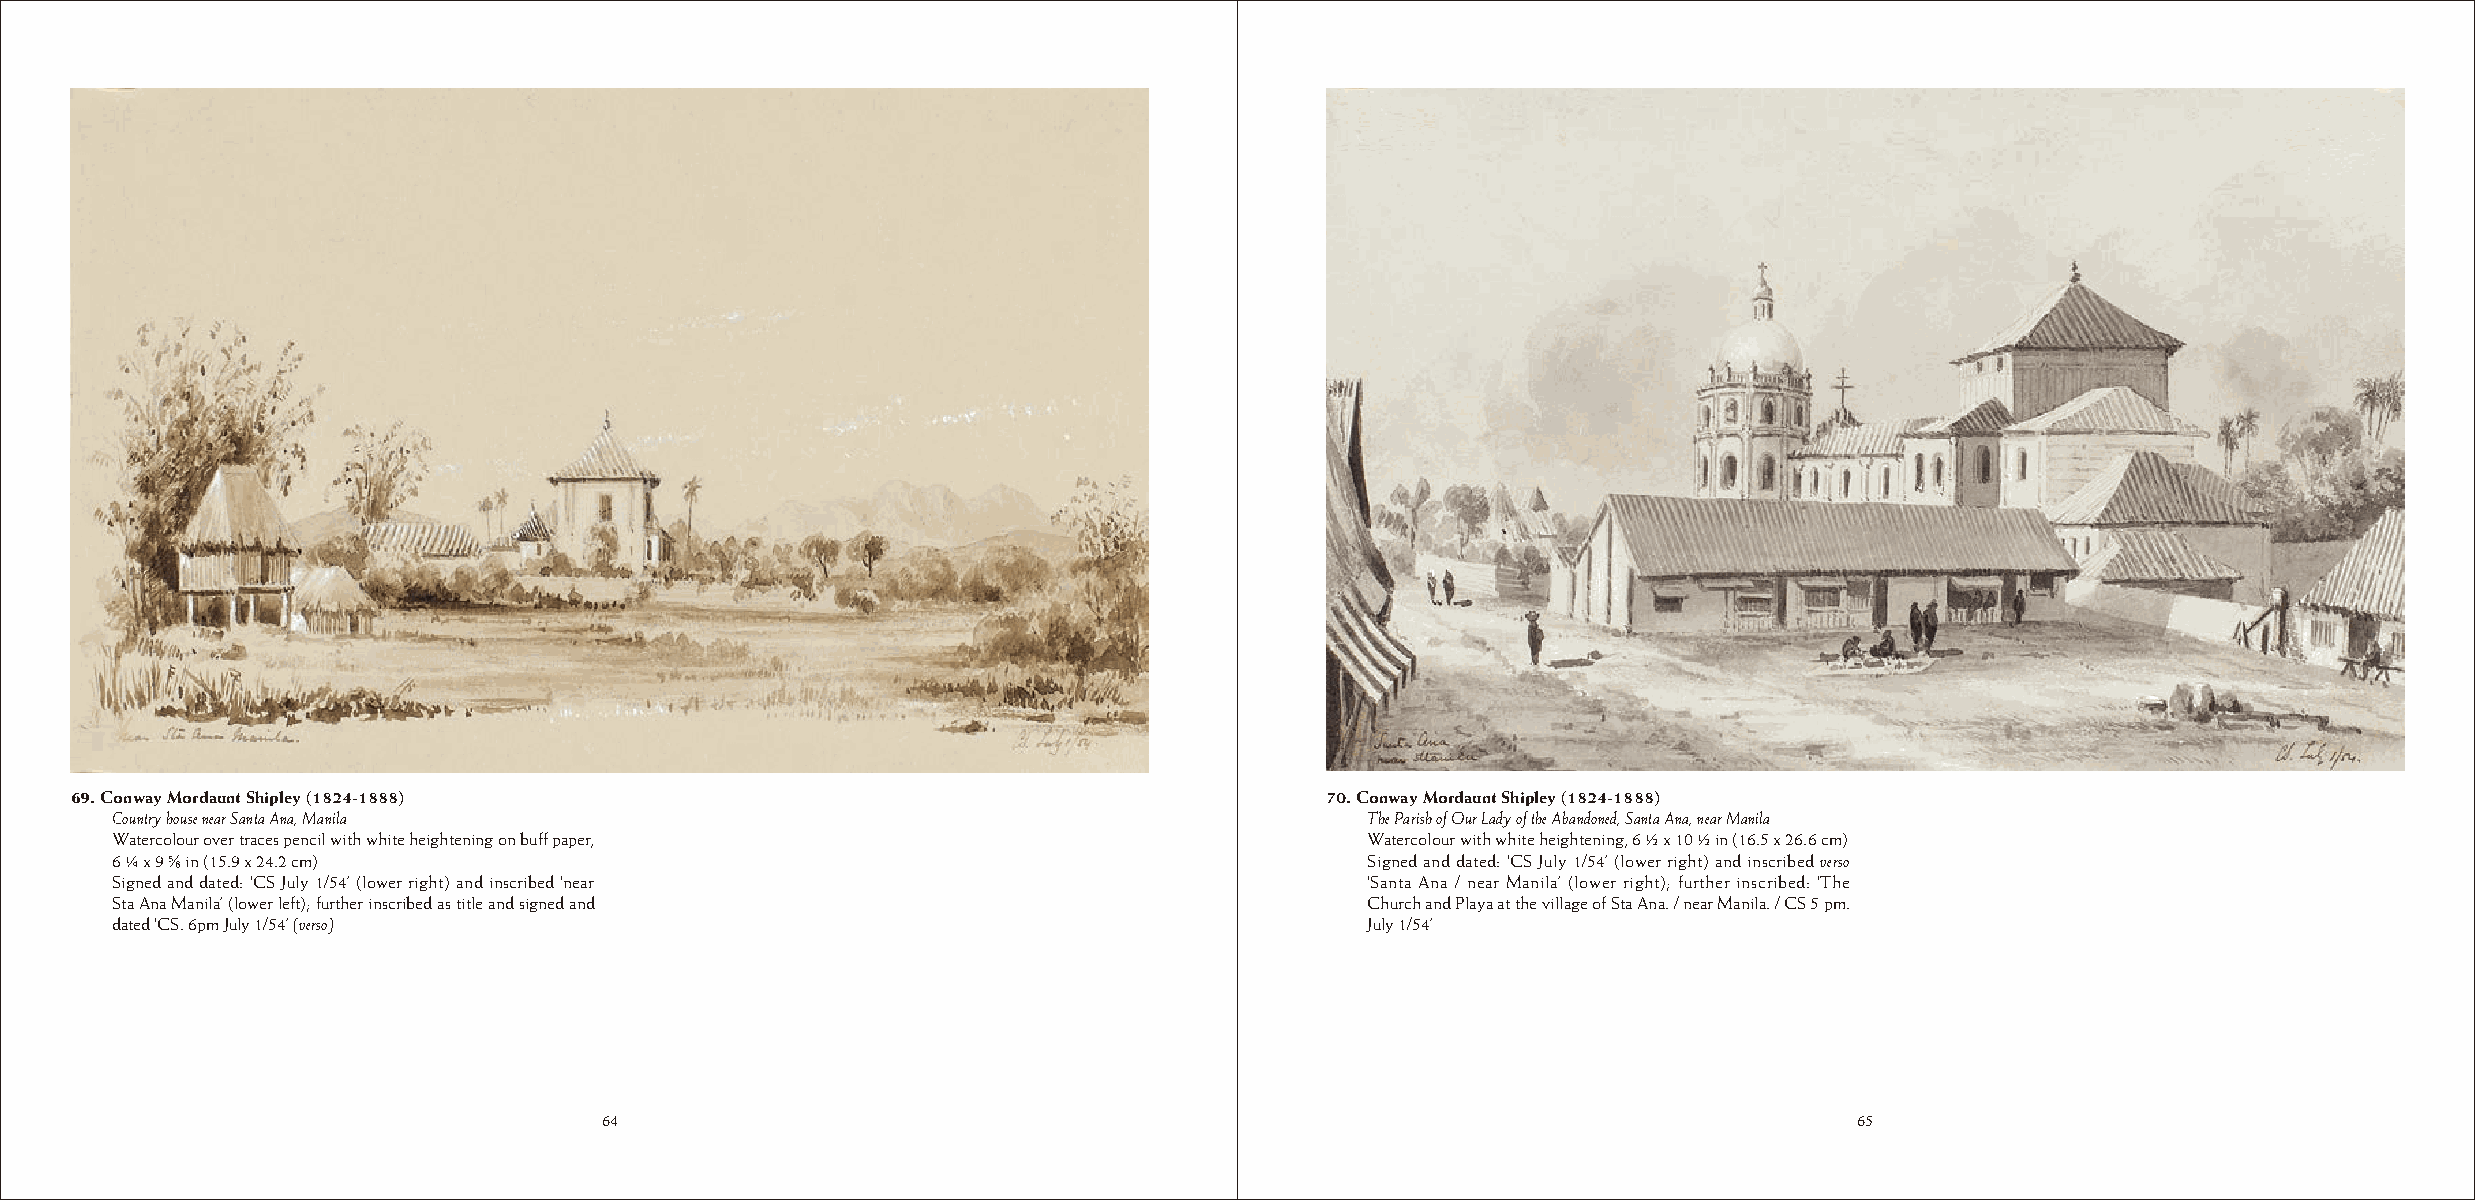
69. Conway Mordaunt Shipley (1824-1888)                                            70. Conway Mordaunt Shipley (1824-1888)
 Country house near Santa Ana, Manila                                                The Parish of Our Lady of the Abandoned, Santa Ana, near Manila
 Watercolour over traces pencil with white heightening on buff paper,                Watercolour with white heightening, 6 ½ x 10 ½ in (16.5 x 26.6 cm)
 6 ¼ x 9 ¬ in (15.9 x 24.2 cm)                                                       Signed and dated: ‘CS July 1/54’ (lower right) and inscribed verso
 Signed and dated: ‘CS July 1/54’ (lower right) and inscribed ‘near                  ‘Santa Ana / near Manila’ (lower right); further inscribed: ‘The
 Sta Ana Manila’ (lower left); further inscribed as title and signed and             Church and Playa at the village of Sta Ana. / near Manila. / CS 5 pm.
 dated ‘CS. 6pm July 1/54’ (verso)                                                   July 1/54’
 64                                                                                 65
 64                                                                                 65